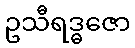
ဥသီရဒ္ဓဇော